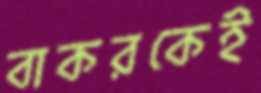
বাকরকেই